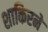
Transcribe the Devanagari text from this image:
शाकिरने